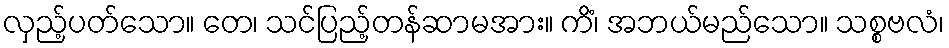
လှည့်ပတ်သော။ တေ၊ သင်ပြည့်တန်ဆာမအား။ ကိံ၊ အဘယ်မည်သော။ သစ္စဗလံ၊